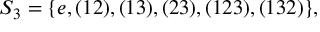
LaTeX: S _ { 3 } = \{ e , ( 1 2 ) , ( 1 3 ) , ( 2 3 ) , ( 1 2 3 ) , ( 1 3 2 ) \} ,